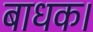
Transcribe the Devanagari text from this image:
बाधक।